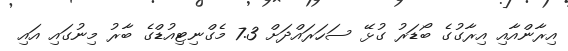
އިރާންއާއި އިރާގުގެ ބޯޑަރު ގުޅޭ ސަހަރައްދަށް 7.3 މެގްނިޓިއުޑްގެ ބާރު މިނުގައި އައި